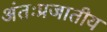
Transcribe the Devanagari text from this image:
अंतःप्रजातीय